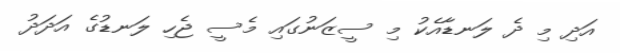
އަދި މި ދެ ލަނޑާއެކު މި ސީޒަނުގައި މެސީ ޖެހި ލަނޑުގެ އަދަދު